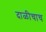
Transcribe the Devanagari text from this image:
दाळीचाच